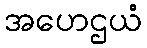
အဟေဌယံ